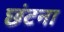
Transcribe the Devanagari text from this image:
छंटना